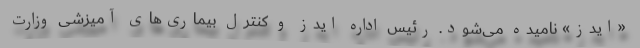
«ایدز» نامیده می‌شود. رئیس اداره ایدز و کنترل بیماری‌های آمیزشی وزارت